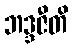
ဘဒ္ဒဇီတိ